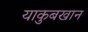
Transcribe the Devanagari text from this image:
याकुबखान